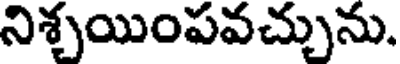
నిశ్చయింపవచ్చును.